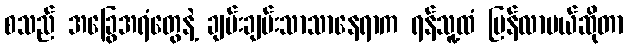
စသည် အခြွေအရံတွေနဲ့ ချမ်းချမ်းသာသာနေရာက ရန်သူ့ထံ ပြန်လာမယ်ဆိုတာ